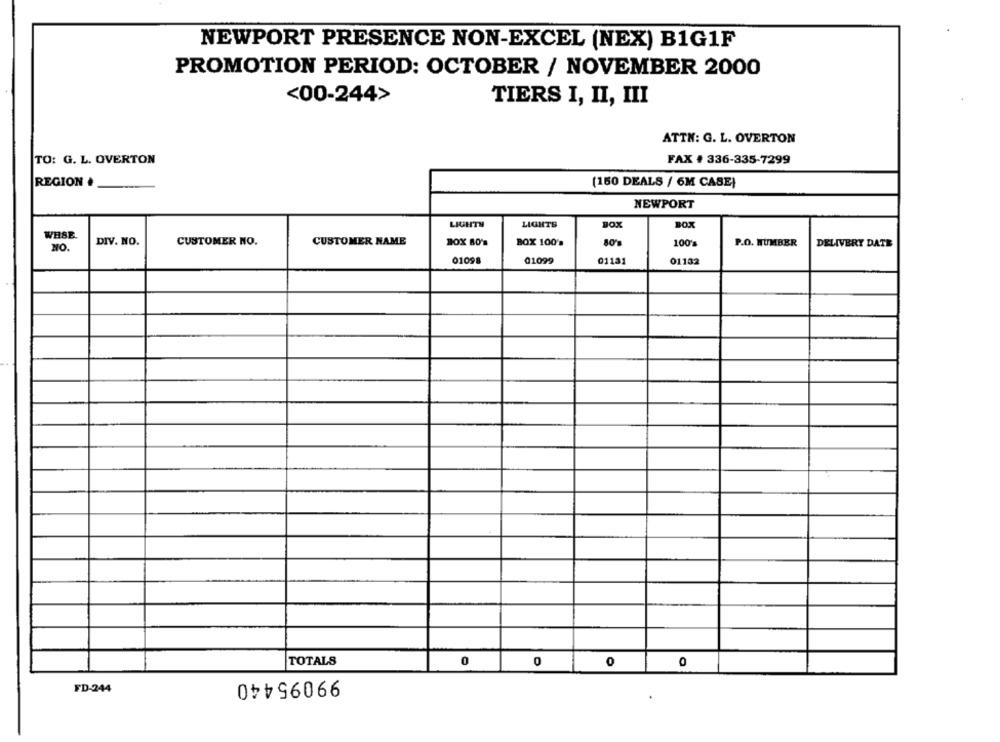
NEWPORT PRESENCE NON-EXCEL (NEX) B1G1F
PROMOTION PERIOD: OCTOBER / NOVEMBER 2000
<00-244>
TIERS I, II, III
ATTN: G. L. OVERTON
TO: G. L. OVERTON
FAX + 336-335-7299
REGION .
(150 DEALS / 6M CASE)
NEWPORT
LIGHTH
LIGHTS
BOX
BOX
WHSE.
DIV. NO.
CUSTOMER NO.
CUSTOMER NAME
BOX BO'S
BOX 100's
80's
100's
P.O. MUMBER
DELIVERY DATE
NO.
01098
01099
01131
01132
0
TOTALS
0
0
0
99095440
FD-244